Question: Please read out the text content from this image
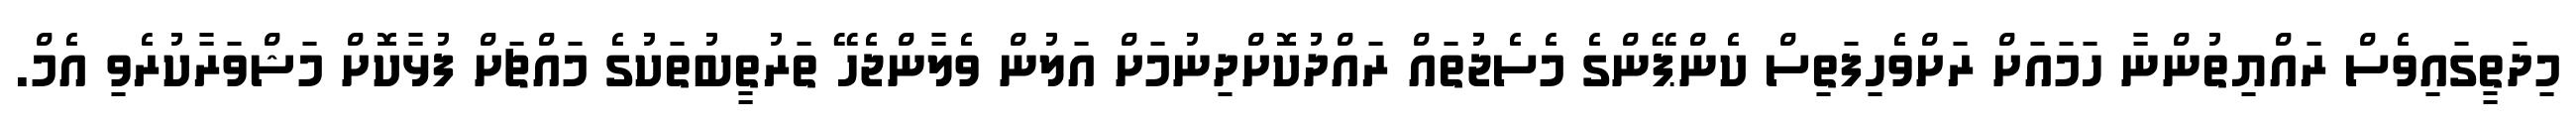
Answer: މިދަތީގައިވެސް ރައްޔިތުންނާ ހަމައަށް ރަށްވެހިފަތިސް ކެންޕޭންގެ މެސެޖުތައް ރައްދުކޮށްދިނުމަށް އަލުން ވެލާންޖެހޭ ތަރުތީބުތަކުގެ މައްޗަށް ފުޅާކޮށް މަޝްވަރާކުރެވި އެމް.